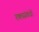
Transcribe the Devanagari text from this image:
रक्तसंबंधों